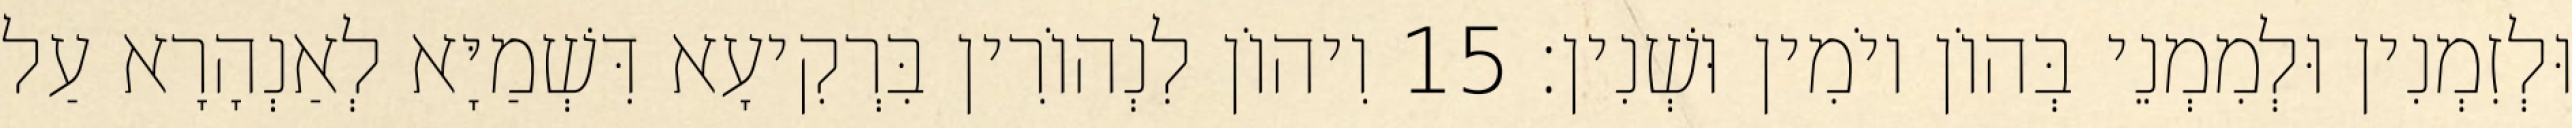
וּלְזִמְנִין וּלְמִמְנֵי בְּהוֹן יוֹמִין וּשְׁנִין׃ 15 וִיהוֹן לִנְהוֹרִין בִּרְקִיעָא דִּשְׁמַיָּא לְאַנְהָרָא עַל